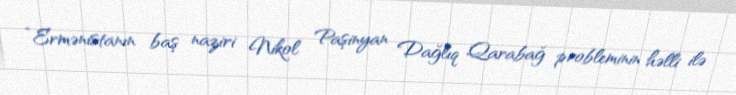
“Ermənistanın baş naziri Nikol Paşinyan Dağlıq Qarabağ probleminin həlli ilə